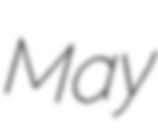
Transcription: May